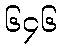
၆၄၆